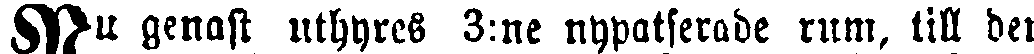
Nu genast uthyres 3:ne nypatserade rum, till den